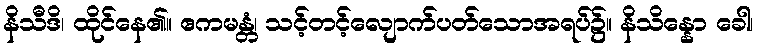
နိသီဒိ၊ ထိုင်နေ၏။ ဧကမန္တံ၊ သင့်တင့်လျောက်ပတ်သောအရပ်၌။ နိသိန္နော ခေါ၊